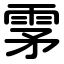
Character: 雺